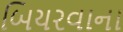
બિયરવાના